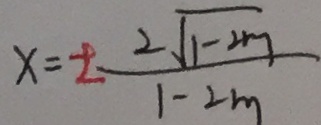
x = \pm \frac { 2 \sqrt { 1 - 2 m } } { 1 - 2 m }